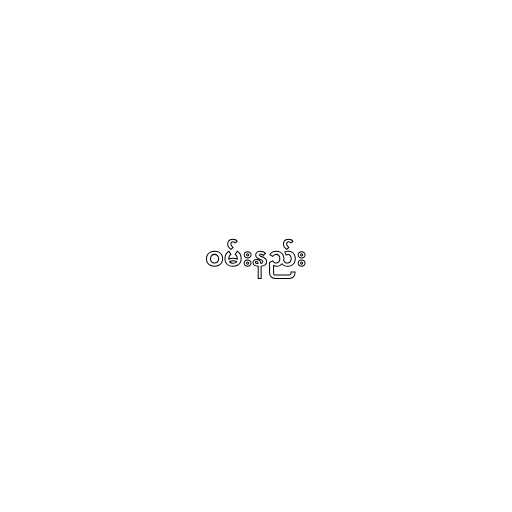
ဝမ်းနည်း